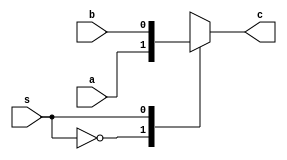
module mux2x1(a, b, s, c);
	input a, b, s;
	output reg c;
	always @(*)begin
	  	case (s)
			0 : c = a;
	         	1 : c = b;
			default: c = c;
  		endcase
	end
endmodule